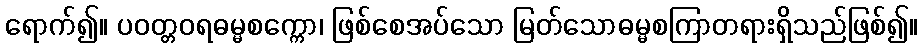
ရောက်၍။ ပဝတ္တဝရဓမ္မစက္ကော၊ ဖြစ်စေအပ်သော မြတ်သောဓမ္မစကြာတရားရှိသည်ဖြစ်၍။